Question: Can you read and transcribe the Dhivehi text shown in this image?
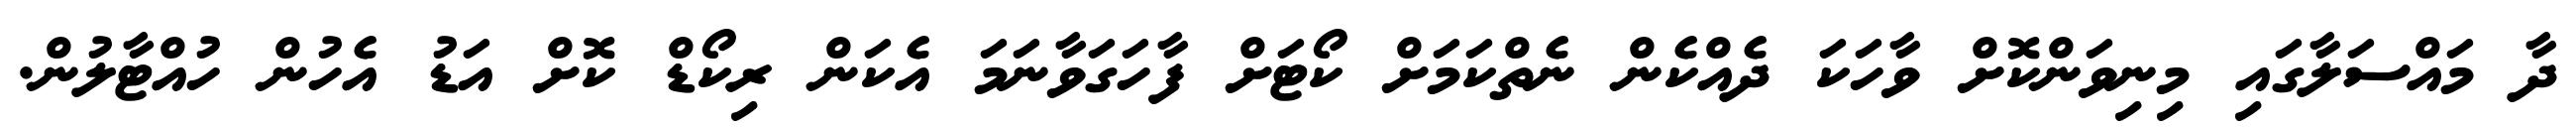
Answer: ދާ މައްސަލާގައި މިނިވަންކޮށް ވާހަކަ ދެއްކެން ނެތްކަމަށް ކޯޓަށް ފާހަގަވާނަމަ އެކަން ރިކޯޑް ކޮށް އަޑު އެހުން ހުއްޓާލުން.